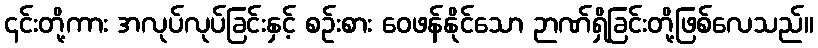
၎င်းတို့ကား အလုပ်လုပ်ခြင်းနှင့် စဉ်းစား ဝေဖန်နိုင်သော ဉာဏ်ရှိခြင်းတို့ဖြစ်လေသည်။